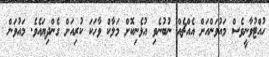
ހުއްޓުވާނީވެސް މައުވަންއަށް އެއްޗެއް ނުބުނެވި އުޅެނިކޮށް މަލާކް ވާހަކަ ކުރިއަށް ގެންދިޔައެވެ. މައުވަން